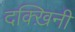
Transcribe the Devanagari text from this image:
दक्ख़िनी